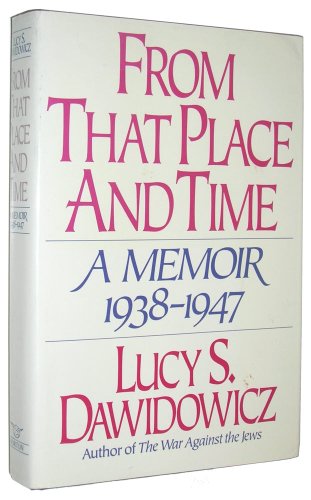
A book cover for From That Place and Time: A Memoir, 1938-1947; Lucy S. Dawidowicz; Travel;